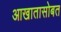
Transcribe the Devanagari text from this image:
आखातासोबत